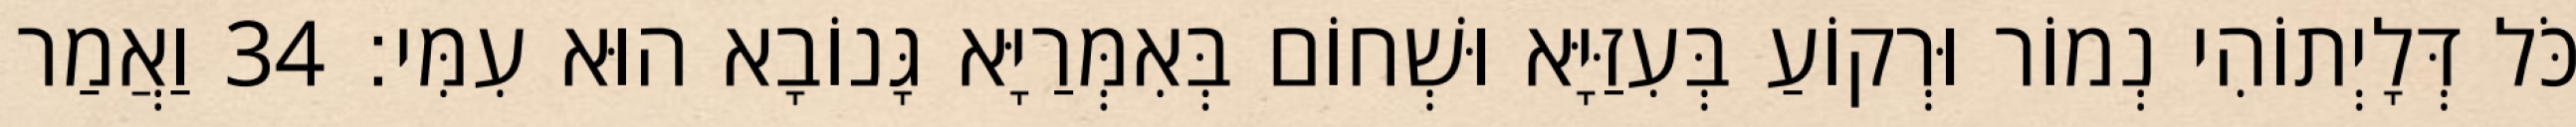
כֹּל דְּלָיְתוֹהִי נְמוֹר וּרְקוֹעַ בְּעִזַּיָּא וּשְׁחוֹם בְּאִמְּרַיָּא גָּנוֹבָא הוּא עִמִּי׃ 34 וַאֲמַר